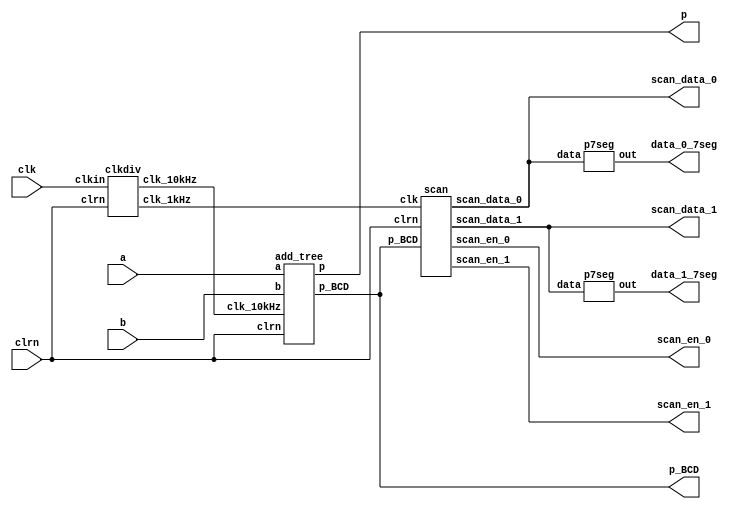
`timescale 1us / 1ns
//////////////////////////////////////////////////////////////////////////////////
// Company: 
// Engineer: 
// 
// Design Name: 
// Module Name:    shift_add_multiplier 
// Project Name: 
// Target Devices: 
// Tool versions: 
// Description: 
//
// Dependencies: 
//
// Revision: 
// Revision 0.01 - File Created
// Additional Comments: 
//
//////////////////////////////////////////////////////////////////////////////////
module add_tree_download(clk,clrn,a,b,p,p_BCD,scan_data_1,scan_en_1,scan_data_0,scan_en_0,data_1_7seg,data_0_7seg);
input clk; //50MHz
input clrn; //
//input start; //
input [7:0] a; //
input [7:0] b; //
//input load_a; //
//input load_b; //
output [15:0] p; //
//output done; //
output[19:0] p_BCD; //pBCD
output[3:0] scan_data_1; //1BCDBCD
output scan_en_1; //1
output[3:0] scan_data_0; //0BCDBCD
output[3:0] scan_en_0; //001234
output[6:0] data_1_7seg; //scan_data_1717
output[6:0] data_0_7seg; //scan_data_0707

wire clk_10kHz; //
wire clk_1kHz; //

//module clkdiv(clkin, clrn, clk_10kHz, clk_1kHz);
clkdiv my_clkdiv(clk, clrn, clk_10kHz, clk_1kHz);

//module add_tree(clk_10kHz,clrn,a,b,p,p_BCD);
add_tree my_add_tree(clk_10kHz,clrn,a,b,p,p_BCD);
scan my_scan(clk_1kHz, clrn,p_BCD,scan_data_1,scan_en_1,scan_data_0,scan_en_0);
p7seg p7seg1(scan_data_1,data_1_7seg);
p7seg p7seg2(scan_data_0,data_0_7seg);



endmodule


module add_tree_sim(clk_10kHz,clk_1kHz,clrn,a,b,p,p_BCD,scan_data_1,scan_en_1,scan_data_0,scan_en_0,data_1_7seg,data_0_7seg);
input clk_10kHz; //50MHz
input clk_1kHz;
input clrn; //
//input start; //
input [7:0] a; //
input [7:0] b; //
//input load_a; //
//input load_b; //
output [15:0] p; //
//output done; //
output[19:0] p_BCD; //pBCD
output[3:0] scan_data_1; //1BCDBCD
output scan_en_1; //1
output[3:0] scan_data_0; //0BCDBCD
output[3:0] scan_en_0; //001234
output[6:0] data_1_7seg; //scan_data_1717
output[6:0] data_0_7seg; //scan_data_0707

//wire clk_10kHz; //
//wire clk_1kHz; //

//module clkdiv(clkin, clrn, clk_10kHz, clk_1kHz);
//clkdiv my_clkdiv(clk, clrn, clk_10kHz, clk_1kHz);
//module multiplier(clk_10kHz,clrn,start,a,b,load_a,load_b,p,done,p_BCD,state,a_lshift_r,b_rshift_r,sum,z);
add_tree my_add_tree(clk_10kHz,clrn,a,b,p,p_BCD);
scan my_scan(clk_1kHz, clrn,p_BCD,scan_data_1,scan_en_1,scan_data_0,scan_en_0);
p7seg p7seg1(scan_data_1,data_1_7seg);
p7seg p7seg2(scan_data_0,data_0_7seg);

endmodule

//50M10K1K
module clkdiv(clkin, clrn, clk_10kHz, clk_1kHz);
input clkin;
input clrn;
output reg clk_10kHz;
output reg clk_1kHz;

parameter count_width= 5000;

reg[12:0] count1;
reg[3:0] count2;

always @(posedge clkin, negedge clrn) //5000
	begin
		if(!clrn)
			begin
				count1<=0;
				clk_10kHz<=0;
			end
		else 
			begin
				if(count1==count_width/2-1)
				begin
					clk_10kHz<=~clk_10kHz;
					count1<=0;
				end
				else
				begin
					count1<=count1+1;
					//clk_10kHz<=~clk_10kHz;
				end
			end
	end

always @(posedge clk_10kHz, negedge clrn)
	begin
		if(!clrn)
			begin
				count2<=0;
				clk_1kHz<=0;
			end
		else if(count2==4)
		begin
			clk_1kHz<=~clk_1kHz;
			count2<=0;
		end
		else
			begin
			count2<=count2+1; 
			//clk_1kHz=~clk_1kHz;
			end
	end
endmodule



//1kHz
module scan(clk, clrn,p_BCD,scan_data_1,scan_en_1,scan_data_0,scan_en_0);
/*input clk; //1kHz
input clrn;
input[3:0] dsec,sec,secd,secm; //
output reg[3:0] scan_data; //0BCD
output reg[3:0] scan_en; //0*/

input clk; //
input clrn; //
input[19:0] p_BCD; //BCD
output reg[3:0] scan_data_1;//1BCD
output reg scan_en_1; //1
output reg[3:0] scan_data_0;//0BCD
output reg [3:0] scan_en_0; //001234


reg[1:0] state;
parameter s0=2'd0, s1=2'd1, s2=2'd2, s3=2'd3;

always @(posedge clk or negedge clrn)
	begin
		if (!clrn) //
			begin
				state<=s0;//......statescan_datascan_en
				
				scan_data_0<=0;
				scan_en_0<=0;
				//scan_data_1<=0;
			   //scan_en_1<=0;
			end
		else
			begin
				if(state==3) 
					state<=0; //
				else 
					state<=state+1'b1;
					//scan_data_1<=p_BCD[19:16];
					//scan_en_1<=1;
				case(state) //
					0://
						begin
							scan_data_0<=p_BCD[15:12];
							scan_en_0<=4'b1000;
						end 
					1:
						begin
							scan_data_0<=p_BCD[11:8];
							scan_en_0<=4'b0100;
						end
					2:
						begin
							scan_data_0<=p_BCD[7:4];
							scan_en_0<=4'b0010;
						end
					3:
						begin
							scan_data_0<=p_BCD[3:0];
							scan_en_0<=4'b0001;
						end
				endcase
			end
		end

always @(posedge clk,negedge clrn)
	if(!clrn)
		begin
			scan_data_1<=0;
			scan_en_1<=0;	
		end
	else 
		begin
			scan_data_1<=p_BCD[19:16];
			scan_en_1<=1;
		end
		
endmodule

module p7seg(data,out);
input [3:0]data ; //
output reg[6:0] out; //out[6:0]out[6]out[0]

always @(data ) //always
	case (data)
		4'd0: 
			out <= 7'b1000000 ;
		4'd1: 
			out <= 7'b1111001 ;
		4'd2: 
			out <= 7'b0100100 ;
		4'd3: 
			out <= 7'b0110000 ;
		4'd4: 
			out <= 7'b0011001 ;
		4'd5: 
			out <= 7'b0010010 ;
		4'd6: 
			out <= 7'b0000010 ;
		4'd7: 
			out <= 7'b1111000 ;
		4'd8: 
			out <= 7'b0000000 ;
		4'd9: 
			out <= 7'b0010000 ;
		default: 
			out <= 7'b1000000;//data4'hA~4'hF0
	endcase

endmodule



module add_tree(clk_10kHz,clrn,a,b,p,p_BCD);

//
input clk_10kHz; //
input clrn; //
input [7:0] a; //
input [7:0] b; //
output [15:0] p; //
output reg[19:0] p_BCD; //pBCD

//
reg[14:0] temp0; //ab[7]7
reg[13:0] temp1; //ab[6]6
reg[12:0] temp2; //ab[5]5
reg[11:0] temp3; //ab[4]4
reg[10:0] temp4; //ab[3]3
reg[9:0] temp5; //ab[2]2
reg[8:0] temp6; //ab[1]1
reg[7:0] temp7; //ab[0]

wire[15:0] out1; //1=temp0+temp1
wire[13:0] out2; //1=temp2+temp3
wire[11:0] out3; //1=temp4+temp5
wire[9:0] out4; //1=temp6+temp7
wire[15:0] c1; //2=out1+out2
wire[11:0] c2; //2=out3+out4

//a81ab
function[7:0] mult8x1;
	input[7:0] operand;
	input sel; //
	begin
		mult8x1=(sel)?(operand):8'b00000000; 
	end
endfunction

//bba
always @(posedge clk_10kHz or negedge clrn)
	if(!clrn)//
		begin
			
			//p<=0;
			temp0<=0;
			temp1<=0;
			temp2<=0;
			temp3<=0;
			temp4<=0;
			temp5<=0;
			temp6<=0;
			temp7<=0;
		end 
	else
		begin
			temp7<=mult8x1(a,b[0]);
			temp6<=((mult8x1(a,b[1]))<<1);
			temp5<=((mult8x1(a,b[2]))<<2);
			temp4<=((mult8x1(a,b[3]))<<3);
			temp3<=((mult8x1(a,b[4]))<<4);
			temp2<=((mult8x1(a,b[5]))<<5);
			temp1<=((mult8x1(a,b[6]))<<6);
			temp0<=((mult8x1(a,b[7]))<<7);
		end
		
	//c
	assign out1=temp0+temp1; //1
	assign out2=temp2+temp3;
	assign out3=temp5+temp4;
	assign out4=temp6+temp7;
	
	assign c1=out1+out2; //2
	assign c2=out3+out4;
	
	assign p = c1 + c2; //

//dBCD
always @(posedge clk_10kHz,negedge clrn)
	if(!clrn)
		begin
			p_BCD<=0;
		end
	else
	begin	
		p_BCD[19:16]<=p/10000; //BCD
		p_BCD[15:12]<=p/1000%10;//BCD
		p_BCD[11:8]<=(p/100)%10; //BCD
		p_BCD[7:4]<=p/10%10;//BCD
		p_BCD[3:0]<=p%10; //BCD
	end


endmodule